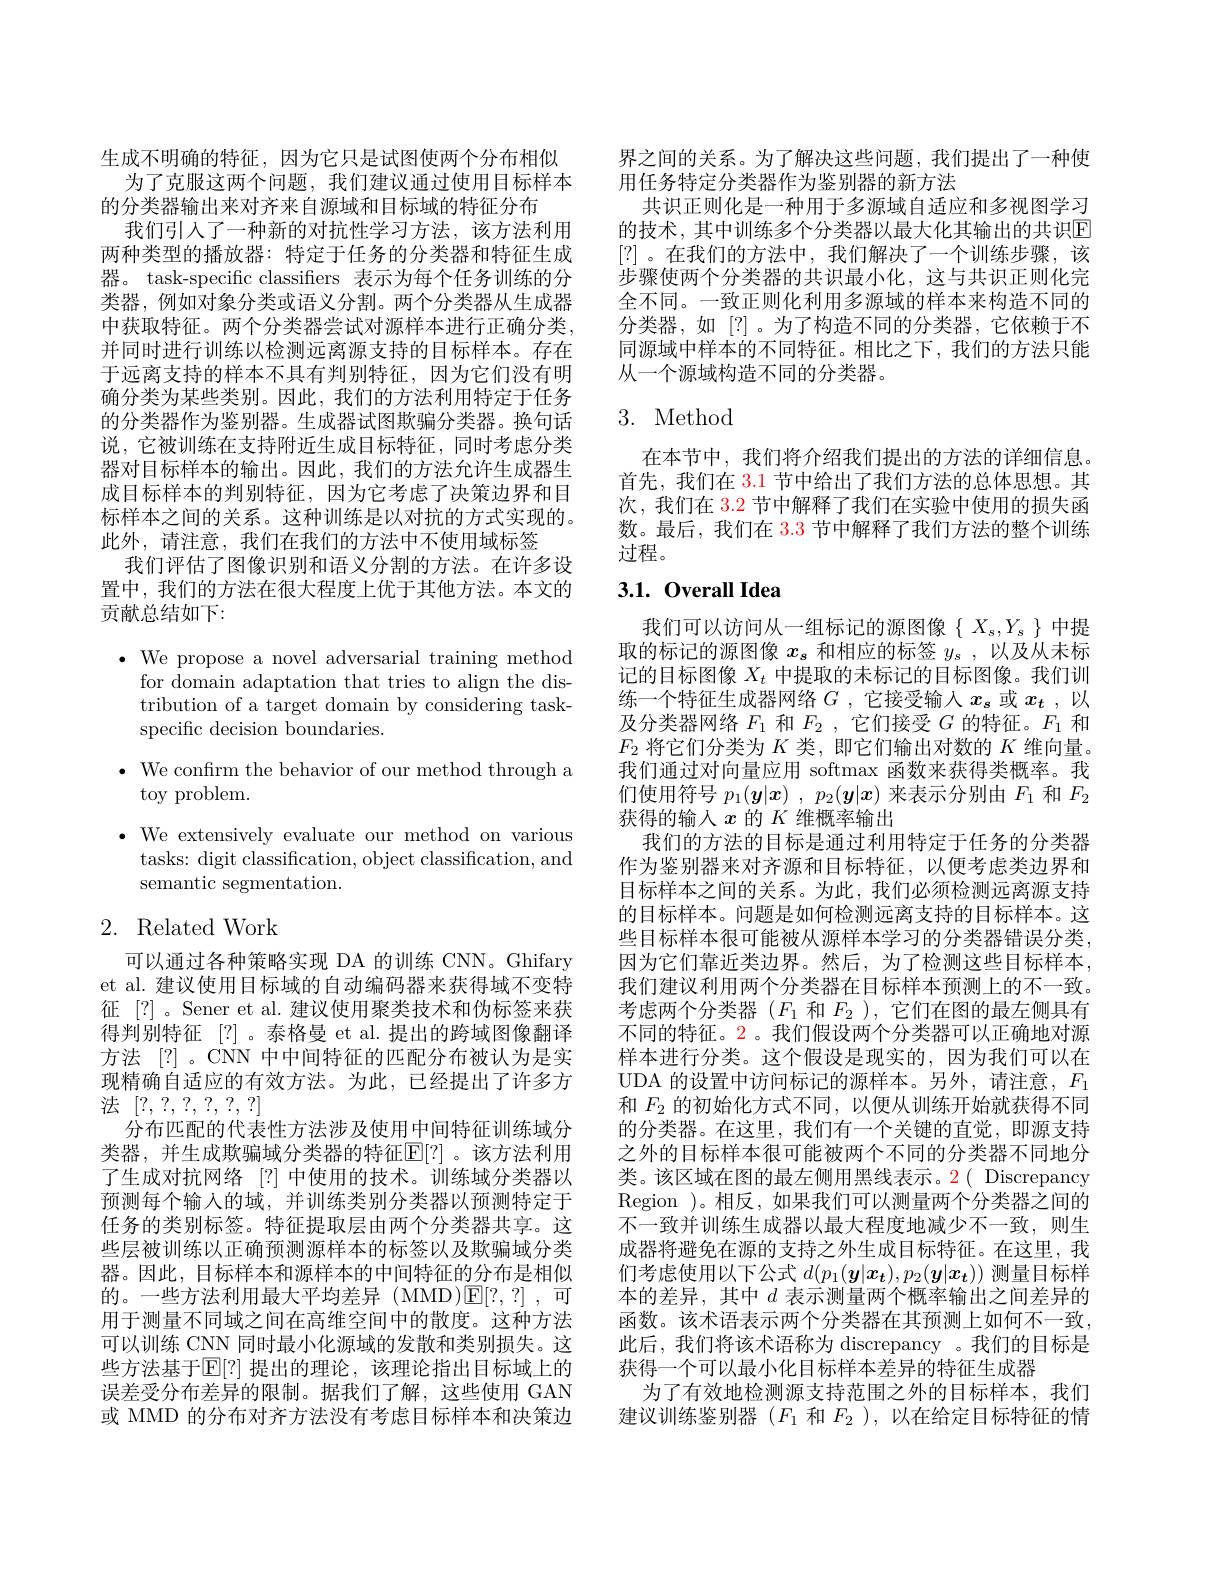
生成不明确的特征，因为它只是试图使两个分布相似
为了克服这两个问题，我们建议通过使用目标样本
的分类器输出来对齐来自源域和目标域的特征分布
我们引入了一种新的对抗性学习方法，该方法利用两种类型的播放器：特定于任务的分类器和特征生成器。task-specific classifiers 表示为每个任务训练的分类器，例如对象分类或语义分割。两个分类器从生成器中获取特征。两个分类器尝试对源样本进行正确分类， 并同时进行训练以检测远离源支持的目标样本。存在于远离支持的样本不具有判别特征，因为它们没有明确分类为某些类别。因此，我们的方法利用特定于任务的分类器作为鉴别器。生成器试图欺骗分类器。换句话说，它被训练在支持附近生成目标特征，同时考虑分类器对目标样本的输出。因此，我们的方法允许生成器生成目标样本的判别特征，因为它考虑了决策边界和目标样本之间的关系。这种训练是以对抗的方式实现的。此外，请注意，我们在我们的方法中不使用域标签
我们评估了图像识别和语义分割的方法。在许多设置中，我们的方法在很大程度上优于其他方法。本文的贡献总结如下：

$\bullet$ We propose a novel adversarial training method
for domain adaptation that tries to align the distribution of a target domain by considering taskspecific decision boundaries.
$\bullet$ We confrm the behavior of our method through a
toy problem.
$\bullet$ We extensively evaluate our method
tasks: digit classification, object classification, and
semantic segmentation.

## 2. Related Work

可以通过各种策略实现 DA 的训练 CNN。Ghifary et al. 建议使用目标域的自动编码器来获得域不变特征[?]。Sener et al. 建议使用聚类技术和伪标签来获得判别特征[?]。泰格曼 et al.提出的跨域图像翻译方法 [?]。CNN 中中间特征的匹配分布被认为是实现精确自适应的有效方法。为此，已经提出了许多方法[?, ?, ?, ?, ?, ?]
分布匹配的代表性方法涉及使用中间特征训练域分类器，并生成欺骗域分类器的特征$\mathbb{E}[?]$。该方法利用了生成对抗网络 [?] 中使用的技术。训练域分类器以预测每个输入的域，并训练类别分类器以预测特定于任务的类别标签。特征提取层由两个分类器共享。这些层被训练以正确预测源样本的标签以及欺骗域分类器。因此，目标样本和源样本的中间特征的分布是相似的。一些方法利用最大平均差异(MMD)$\mathbb{E}[?,?]$,可用于测量不同域之间在高维空间中的散度。这种方法可以训练 CNN 同时最小化源域的发散和类别损失。这些方法基于$\overline{\mathbb{E}}[?]$ 提出的理论，该理论指出目标域上的误差受分布差异的限制。据我们了解，这些使用 GAN 或 MMD 的分布对齐方法没有考虑目标样本和决策边

界之间的关系。为了解决这些问题，我们提出了一种使
用任务特定分类器作为鉴别器的新方法
共识正则化是一种用于多源域自适应和多视图学习的技术，其中训练多个分类器以最大化其输出的共识E [?]。在我们的方法中，我们解决了一个训练步骤，该步骤使两个分类器的共识最小化，这与共识正则化完全不同。一致正则化利用多源域的样本来构造不同的分类器，如[?]。为了构造不同的分类器，它依赖于不同源域中样本的不同特征。相比之下，我们的方法只能从一个源域构造不同的分类器。

## 3. Method

在本节中，我们将介绍我们提出的方法的详细信息。首先，我们在 3.1 节中给出了我们方法的总体思想。其次，我们在 3.2 节中解释了我们在实验中使用的损失函数。最后，我们在$\color{red}{3.3}$节中解释了我们方法的整个训练过程。

## 3.1. Overall Idea

我们可以访问从一组标记的源图像$\{X_s,Y_s\}$中提取的标记的源图像$x_s$和相应的标签$y_s$,以及从未标记的目标图像$X_t$中提取的未标记的目标图像。我们训练一个特征生成器网络$G$ ,它接受输入$x_s$或$x_t$ ,以及分类器网络$F_1$和$F_2$ ,它们接受$G$的特征。$F$ $F_{2}$将它们分类为$K$类，即它们输出对数的$K$维向量我们通过对向量应用 softmax 函数来获得类概率。我们使用符号$p_1(\boldsymbol{y}|\boldsymbol{x}),p_2(\boldsymbol{y}|\boldsymbol{x})$来表示分别由$F_1$和$F_2$ 获得的输入$x$的$K$维概率输出
我们的方法的目标是通过利用特定于任务的分类器作为鉴别器来对齐源和目标特征，以便考虑类边界和目标样本之间的关系。为此，我们必须检测远离源支持的目标样本。问题是如何检测远离支持的目标样本。这些目标样本很可能被从源样本学习的分类器错误分类， 因为它们靠近类边界。然后，为了检测这些目标样本， 我们建议利用两个分类器在目标样本预测上的不一致。考虑两个分类器($F_1$和$F_2$ ),它们在图的最左侧具有不同的特征。2。我们假设两个分类器可以正确地对源样本进行分类。这个假设是现实的，因为我们可以在UDA 的设置中访问标记的源样本。另外，请注意，$F_1$ 和$F_{2}$的初始化方式不同，以便从训练开始就获得不同的分类器。在这里，我们有一个关键的直觉，即源支持之外的目标样本很可能被两个不同的分类器不同地分类。该区域在图的最左侧用黑线表示。2( Discrepancy Region )。相反，如果我们可以测量两个分类器之间的不一致并训练生成器以最大程度地减少不一致，则生成器将避免在源的支持之外生成目标特征。在这里，我们考虑使用以下公式$d(p_1(\boldsymbol{y}|\boldsymbol{x_t}),p_2(\boldsymbol{y}$ 本的差异，其中$d$表示测量两个概率输出之间差异的函数。该术语表示两个分类器在其预测上如何不一致， 此后，我们将该术语称为 discrepancy 。我们的目标是获得一个可以最小化目标样本差异的特征生成器
为了有效地检测源支持范围之外的目标样本，我们建议训练鉴别器$(F_1$和$F_2)$,以在给定目标特征的情